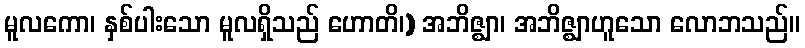
မူလကော၊ နှစ်ပါးသော မူလရှိသည် ဟောတိ၊) အဘိဇ္ဈာ၊ အဘိဇ္ဈာဟူသော လောဘသည်။